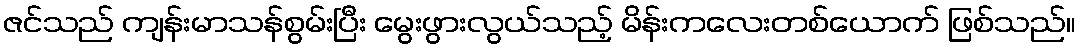
ဇင်သည် ကျန်းမာသန်စွမ်းပြီး မွေးဖွားလွယ်သည့် မိန်းကလေးတစ်ယောက် ဖြစ်သည်။